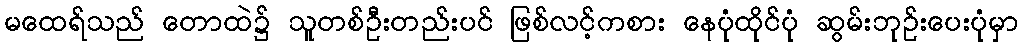
မထေရ်သည် တောထဲ၌ သူတစ်ဦးတည်းပင် ဖြစ်လင့်ကစား နေပုံထိုင်ပုံ ဆွမ်းဘုဉ်းပေးပုံမှာ